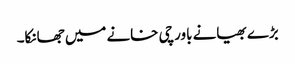
بڑے بھیانے باورچی خانے میں جھانکا۔